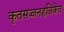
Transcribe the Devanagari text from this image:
कृतसज्जनहृन्निकेत